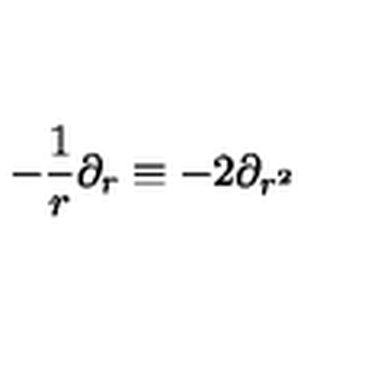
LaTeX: - \frac { 1 } { r } \partial _ { r } \equiv - 2 \partial _ { r ^ { 2 } }